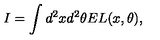
I = \int d ^ { 2 } x d ^ { 2 } \theta E L ( x , \theta ) ,